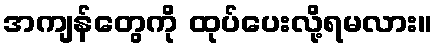
အကျန်တွေကို ထုပ်ပေးလို့ရမလား။